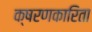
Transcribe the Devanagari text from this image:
क्षरणकारिता